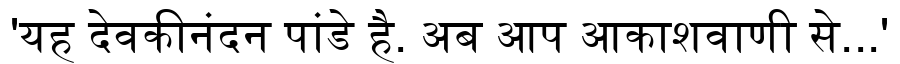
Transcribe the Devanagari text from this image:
'यह देवकीनंदन पांडे है. अब आप आकाशवाणी से...'